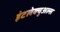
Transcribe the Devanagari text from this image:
इंटलेक्चुअल्स